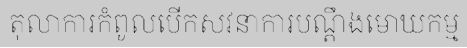
តុលាការកំពូលបើកសវនាការបណ្តឹងមោឃកម្ម